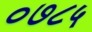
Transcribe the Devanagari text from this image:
०७८५